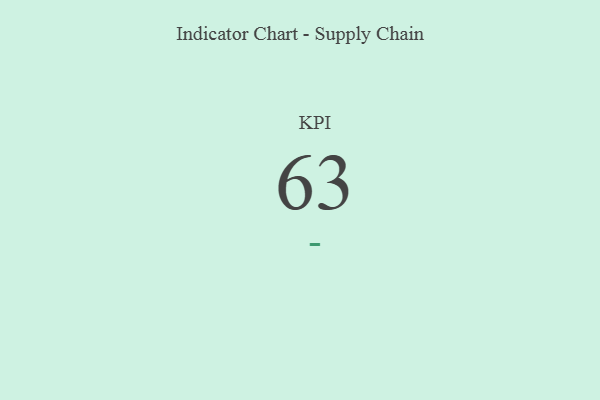
{"axis": {"x": "KPI", "y": "Value"}, "legend": [""], "data": [{"x": "KPI", "y": 63, "type": ""}]}